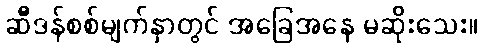
ဆီဒန်စစ်မျက်နှာတွင် အခြေအနေ မဆိုးသေး။